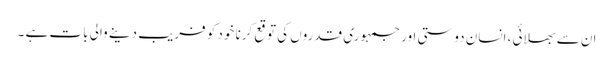
ان سے بھلائی ، انسان دوستی اور جمہوری قدروں کی توقع کرنا خود کو فریب دینے والی بات ہے ۔